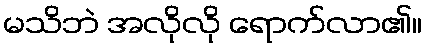
မသိဘဲ အလိုလို ရောက်လာ၏။